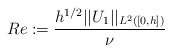
\begin{align*}Re:=\frac{h^{1/2}||U_1||_{L^2([0,h])}}{\nu}\end{align*}